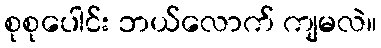
စုစုပေါင်း ဘယ်လောက် ကျမလဲ။